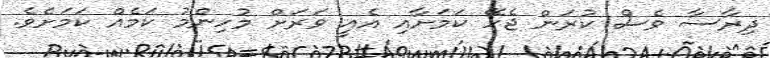
ދިރާސާ ވެސް ކުރަން ޖެހޭ ކަމަށާއި އެއީ ވަރަށް މުހިންމު ކަމެއް ކަމަށެވެ.